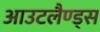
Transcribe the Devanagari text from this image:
आउटलैण्ड्स